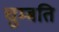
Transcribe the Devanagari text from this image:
चुम्बति